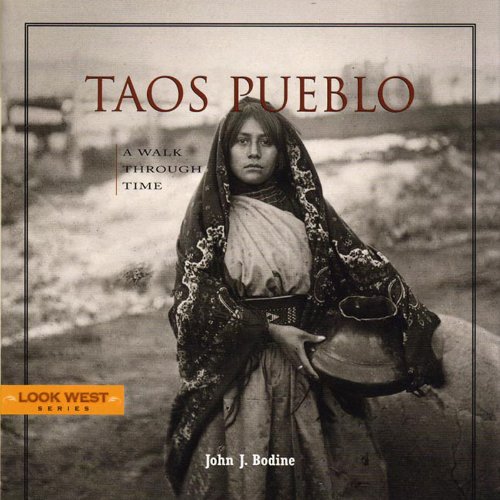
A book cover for Taos Pueblo: A Walk Through Time, Third Edition (Look West); John J. Bodine; Travel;